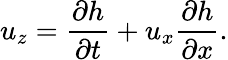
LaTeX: u_{z}=\frac{\partial h}{\partial t}+u_{x}\frac{\partial h}{\partial x}.